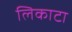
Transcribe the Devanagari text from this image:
लिकाटा